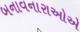
બનાવનારાઓએ